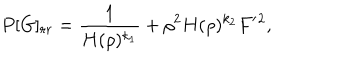
P [ G ] _ { r r } = \frac { 1 } { H ( \rho ) ^ { k _ { 1 } } } + \rho ^ { 2 } H ( \rho ) ^ { k _ { 2 } } F ^ { \prime } { } ^ { 2 } ,